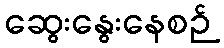
ဆွေးနွေးနေစဉ်